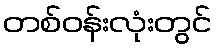
တစ်ဝန်းလုံးတွင်